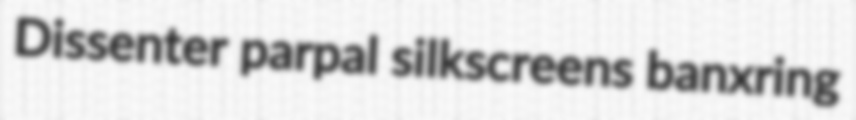
Dissenter parpal silkscreens banxring